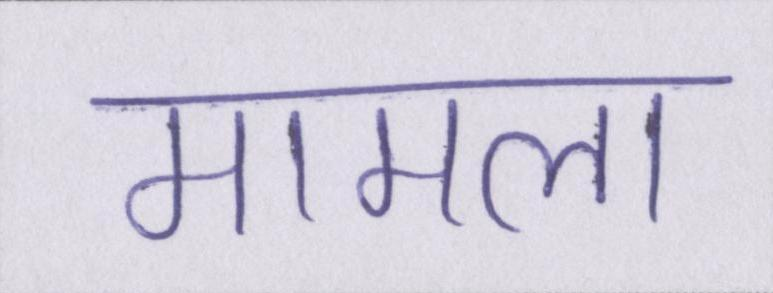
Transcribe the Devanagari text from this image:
मामला